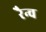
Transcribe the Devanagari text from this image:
रैन्च